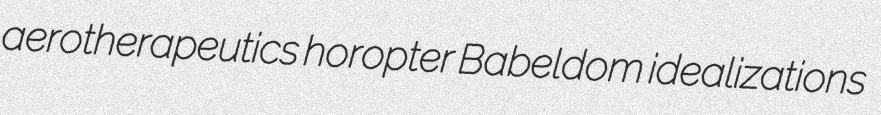
aerotherapeutics horopter Babeldom idealizations